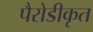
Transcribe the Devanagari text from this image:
पैरोडीकृत